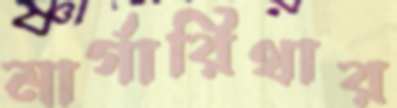
মার্গারিথার